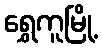
ရွှေကူမြို့